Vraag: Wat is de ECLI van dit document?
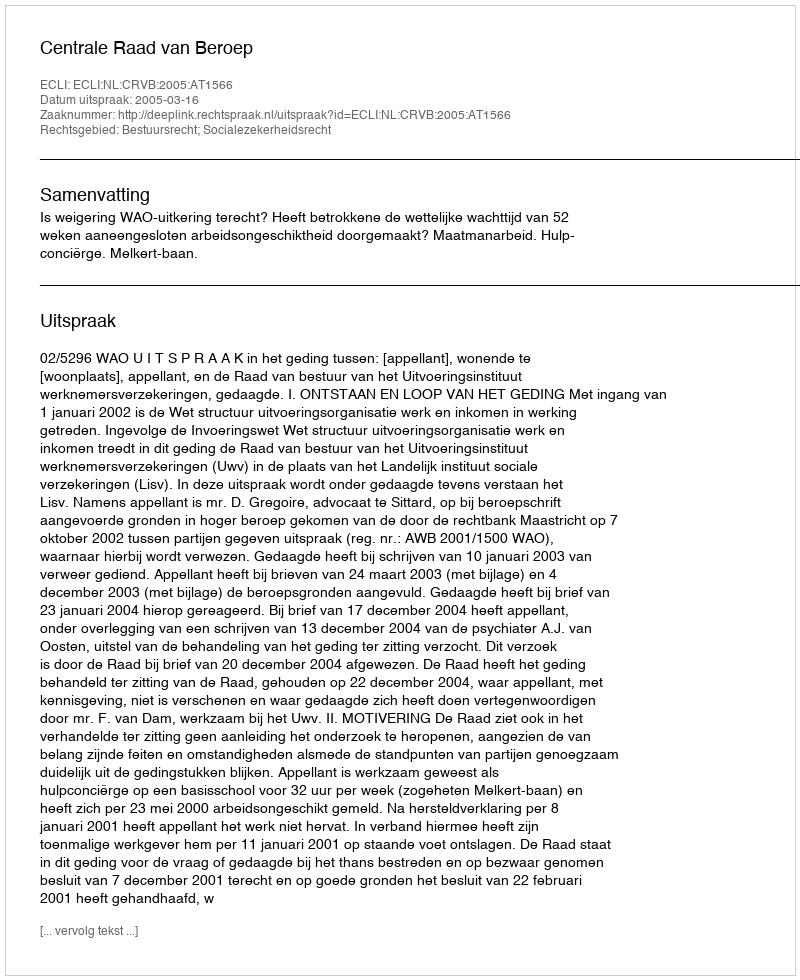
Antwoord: ECLI:NL:CRVB:2005:AT1566